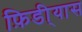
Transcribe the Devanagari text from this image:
फ़िडी्यास